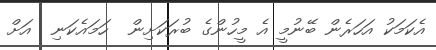
އެކަމަކު އަހަރެން ބޭނުމީ އެ މީހުންގެ ބުރަކަށިން  ހަމައެކަނި  އަށް